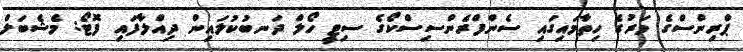
ޕްރިންސްގެ މަރުގެ ހިތާމައިގައި ސެންފްރެންސިސްކޯގެ ސިޓީ ހޯލް ދަނބުކުލައިން ދިއްލާފައި ފޮޓޯ: މެޝެބަލް